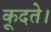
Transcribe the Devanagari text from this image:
कूदते।